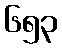
၆၅၃